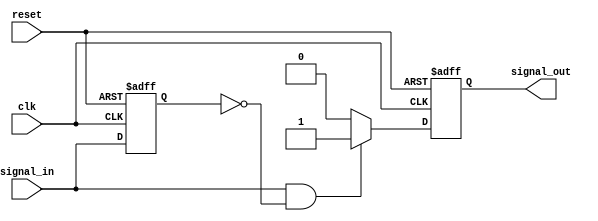
module edge_detector (
    input wire clk,               // Clock signal
    input wire reset,             // Active high reset signal
    input wire signal_in,         // Input signal to detect edges
    output reg signal_out         // Output pulse for one clock cycle
);

// Internal register to hold the previous state of the input signal
reg previous_state;

// Sequential Logic
always @(posedge clk or posedge reset) begin
    if (reset) begin
        previous_state <= 1'b0;  // Initialize previous state to 0
        signal_out <= 1'b0;       // Ensure output is low on reset
    end else begin
        // Edge Detection Logic
        if (signal_in == 1'b1 && previous_state == 1'b0) begin
            signal_out <= 1'b1;    // Rising edge detected, set output high
        end else begin
            signal_out <= 1'b0;     // Reset output to low otherwise
        end
        
        // Update previous state
        previous_state <= signal_in;
    end
end

endmodule